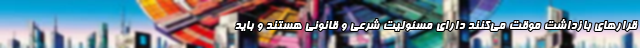
قرارهای بازداشت موقت می‌کنند دارای مسئولیت شرعی و قانونی هستند و باید